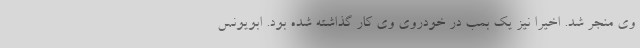
وی منجر شد. اخیرا نیز یک بمب در خودروی وی کار گذاشته شده بود. ابویونس